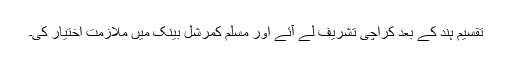
تقسیم ہند کے بعد کراچی تشریف لے آئے اور مسلم کمرشل بینک میں ملازمت اختیار کی۔